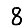
Digit: 8